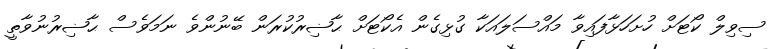
ސިވިލް ކޯޓަށް ހުށަހަޅާފައިވާ މައްސަލައަކާ ގުޅިގެން އެކޯޓަށް ޙާޟިރުކުރަން ބޭނުންވެ ނަމަވެސް ޙާޟިރުނުވާތީ